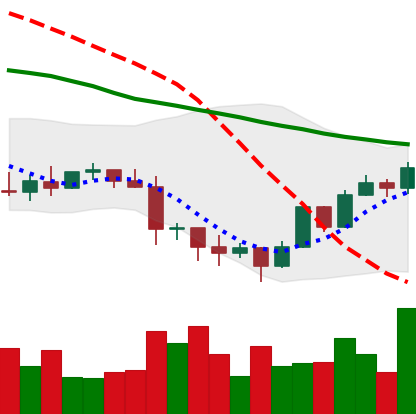
Ticker: LTC-USD
Chart end date: 2022-01-17
Forward return: -28.509%
Label: down_7plus